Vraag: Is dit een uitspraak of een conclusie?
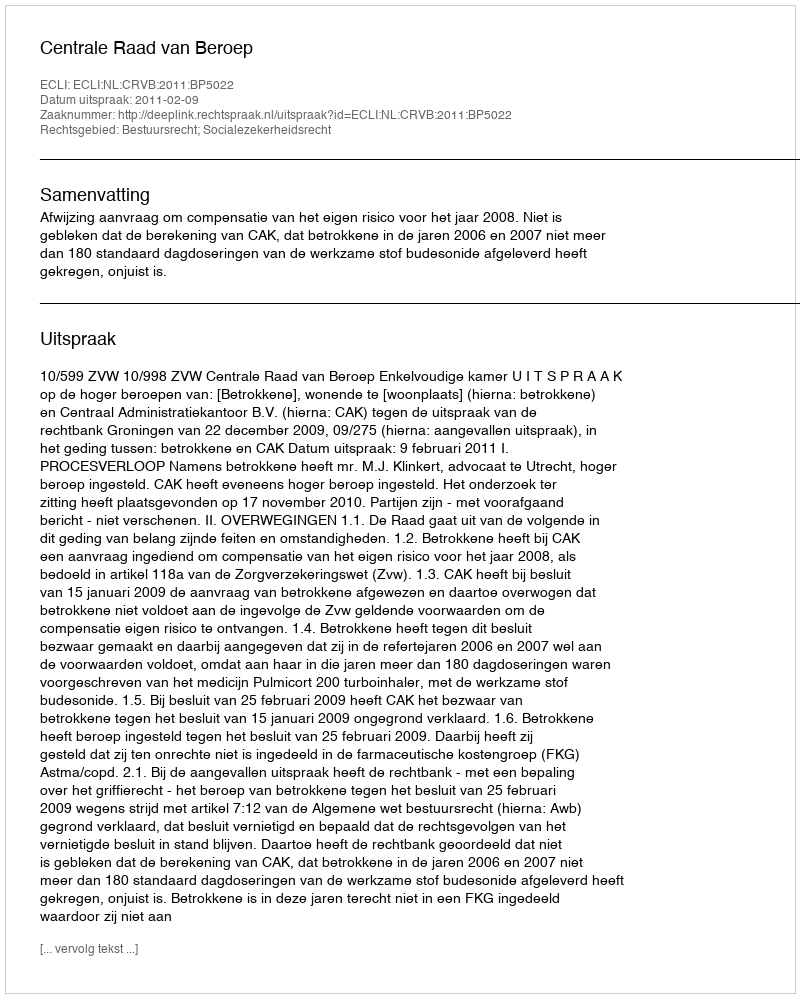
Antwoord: Uitspraak